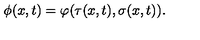
\phi ( x , t ) = \varphi ( \tau ( x , t ) , \sigma ( x , t ) ) .